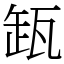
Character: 𬎩